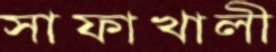
সাফাখালী